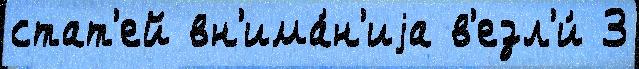
стат'ей вн'има́н'иjа в'езл'и́ З